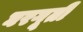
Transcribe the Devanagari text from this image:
घरगूती